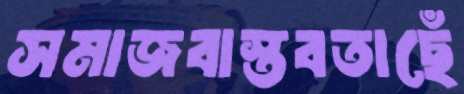
সমাজবাস্তবতাছেঁ